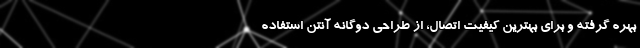
بهره گرفته و برای بهترین کیفیت اتصال، از طراحی دوگانه آنتن استفاده